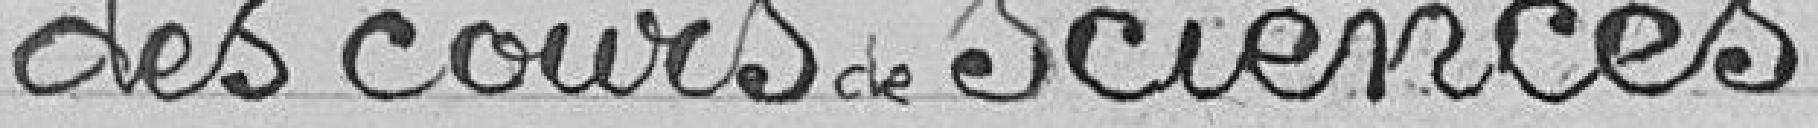
des cours de sciences